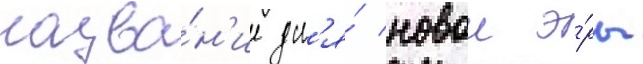
назва́н'ие дл'я́ новои э́ры